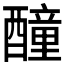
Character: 𨣒